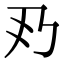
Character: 𠂐